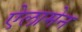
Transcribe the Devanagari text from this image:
ऐलामेन